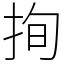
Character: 㧦